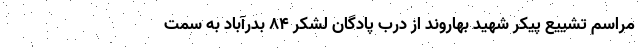
مراسم تشییع پیکر شهید بهاروند از درب پادگان لشکر ۸۴ بدرآباد به سمت